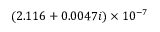
( 2 . 1 1 6 + 0 . 0 0 4 7 i ) \times 1 0 ^ { - 7 }